Report of the Imperial Institute of Veterinary Research, Muktesar
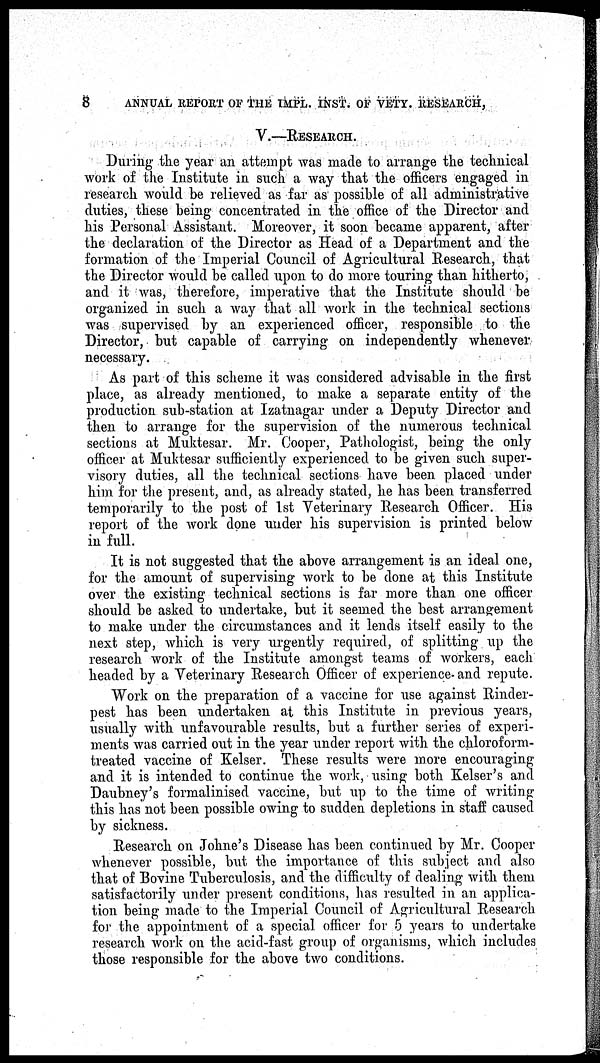
8
ANNUAL REPORT OF THE IMPL. INST. OF VETY. RESEARCH,
V.—RESEARCH.
During the year an attempt was made to arrange the technical
work of the Institute in such a way that the officers engaged in
research would be relieved as far as possible of all administrative
duties, these being concentrated in the office of the Director and
his Personal Assistant. Moreover, it soon became apparent, after
the declaration of the Director as Head of a Department and the
formation of the Imperial Council of Agricultural Research, that
the Director would be called upon to do more touring than hitherto,
and it was, therefore, imperative that the Institute should be
organized in such a way that all work in the technical sections
was supervised by an experienced officer, responsible to the
Director, but capable of carrying on independently whenever
necessary.
As part of this scheme it was considered advisable in the first
place, as already mentioned, to make a separate entity of the
production sub-station at Izatnagar under a Deputy Director and
then to arrange for the supervision of the numerous technical
sections at Muktesar. Mr. Cooper, Pathologist, being the only
officer at Muktesar sufficiently experienced to be given such super-
visory duties, all the technical sections have been placed under
him for the present, and, as already stated, he has been transferred
temporarily to the post of 1st Veterinary Research Officer. His
report of the work done under his supervision is printed below
in full.
It is not suggested that the above arrangement is an ideal one,
for the amount of supervising work to be done at this Institute
over the existing technical sections is far more than one officer
should be asked to undertake, but it seemed the best arrangement
to make under the circumstances and it lends itself easily to the
next step, which is very urgently required, of splitting up the
research work of the Institute amongst teams of workers, each
headed by a Veterinary Research Officer of experience and repute.
Work on the preparation of a vaccine for use against Rinder-
pest has been undertaken at this Institute in previous years,
usually with unfavourable results, but a further series of experi-
ments was carried out in the year under report with the chloroform-
treated vaccine of Kelser. These results were more encouraging
and it is intended to continue the work, using both Kelser's and
Daubney's formalinised vaccine, but up to the time of writing
this has not been possible owing to sudden depletions in staff caused
by sickness.
Research on Johne's Disease has been continued by Mr. Cooper
whenever possible, but the importance of this subject and also
that of Bovine Tuberculosis, and the difficulty of dealing with them
satisfactorily under present conditions, has resulted in an applica-
tion being made to the Imperial Council of Agricultural Research
for the appointment of a special officer for 5 years to undertake
research work on the acid-fast group of organisms, which includes
those responsible for the above two conditions.